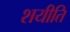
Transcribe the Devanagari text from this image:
शयीति